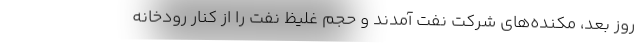
روز بعد، مكنده‌هاي شركت نفت آمدند و حجم غليظ نفت را از كنار رودخانه